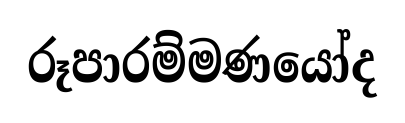
රූපාරම්මණයෝද